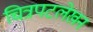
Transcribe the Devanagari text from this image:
चित्रपटलेखन